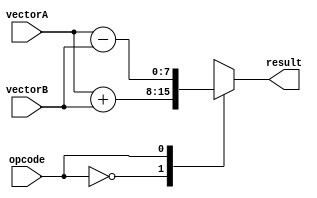
module Vector_ALU (
    input wire [7:0] vectorA,
    input wire [7:0] vectorB,
    input wire opcode,
    output reg [7:0] result
);

always @(*) begin
    case(opcode)
        0: result = vectorA + vectorB; // Addition
        1: result = vectorA - vectorB; // Subtraction
        2: result = vectorA * vectorB; // Multiplication
        3: result = vectorA / vectorB; // Division
        default: result = 8'b0; 
   endcase
end

endmodule